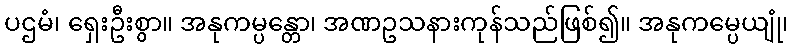
ပဌမံ၊ ရှေးဦးစွာ။ အနုကမ္ပန္တော၊ အဏဥသနားကုန်သည်ဖြစ်၍။ အနုကမ္ပေယျုံ၊